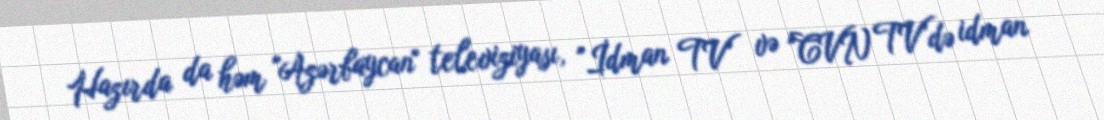
Hazırda da həm "Azərbaycan" televiziyası, "İdman TV" və "CVN TV"də idman